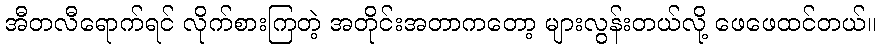
အီတလီရောက်ရင် လိုက်စားကြတဲ့ အတိုင်းအတာကတော့ များလွန်းတယ်လို့ ဖေဖေထင်တယ်။